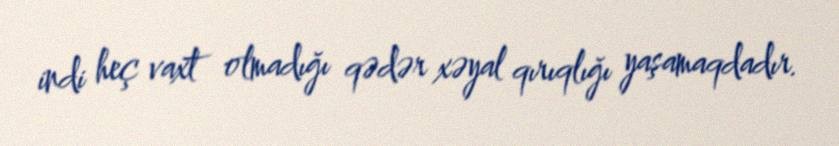
indi heç vaxt olmadığı qədər xəyal qırıqlığı yaşamaqdadır.